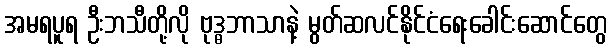
အမရပူရ ဦးဘသီတို့လို ဗုဒ္ဓဘာသာနဲ့ မွတ်ဆလင်နိုင်ငံရေးခေါင်းဆောင်တွေ